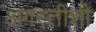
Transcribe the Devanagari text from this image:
अगस्तीशी